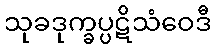
သုခဒုက္ခပ္ပဋိသံဝေဒီ